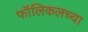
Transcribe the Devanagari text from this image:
फॉलिकलच्या